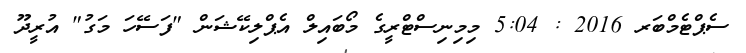
ސެޕްޓެމްބަރ 2016 : 5:04 މިމިނިސްޓްރީގެ މޯބައިލް އެޕްލިކޭޝަން "ފަސޭހަ މަގު" އުރީދޫ